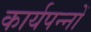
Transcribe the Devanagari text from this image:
कार्यपन्नों